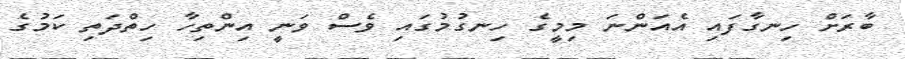
ބާރަށް ހިނގާފައި އެއަންނަ މިމީގެ ހިނގުމުގައި ވެސް ވަނީ އިންތިހާ ހިތްދަތި ކަމުގެ